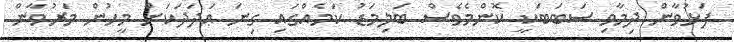
ފަޅުވާން ދިމާވި ސަބަބަކީ ކޮންމެވެސް ބަލިމަޑު ކަމެއްގައި ގިނަ ޢަދަދަކަށް މީހުން މަރުވާން